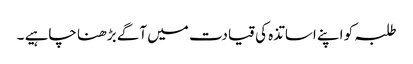
طلبہ کو اپنے اساتذہ کی قیادت میں آگے بڑھنا چاہیے ۔